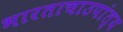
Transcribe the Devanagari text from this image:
भारताचाउपांत्य